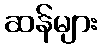
ဆန်များ